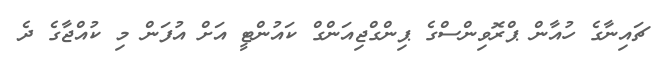
ޗައިނާގެ ހުއާން ޕްރޮވިންސްގެ ޕިންގްޖިއަންގް ކައުންޓީ އަށް އުފަން މި ކުއްޖާގެ ދެ